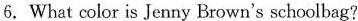
6. What color is Jenny Brown's schoolbag?